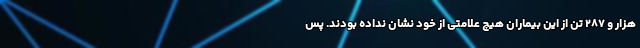
هزار و ۲۸۷ تن از این بیماران هیچ علامتی از خود نشان نداده بودند. پس